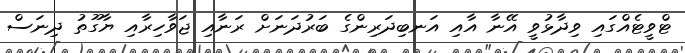
ޓްވީޓެއްގައި ވިދާޅުވީ އޭނާ އާއި އަނބިދަރިންގެ ބަރުދަނަށް ރަނާއި ޖަވާހިރާއި ޔާގޫތު ދިނަސް